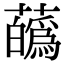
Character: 蘤